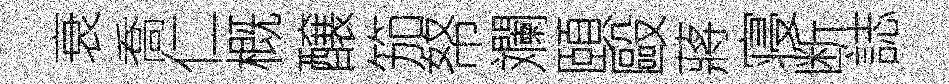
衰喬仁概醸笳帑斕頤毆蔣寝断誌